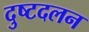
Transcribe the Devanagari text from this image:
दुष्टदलन